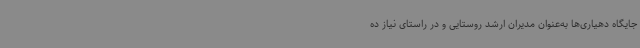
جایگاه دهیاری‌ها به‌عنوان مدیران ارشد روستایی و در راستای نیاز ده